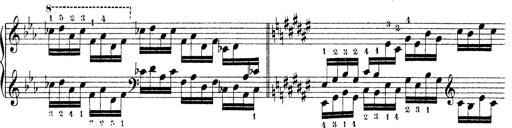
Title: Technische Studien
Composer: Franz Liszt